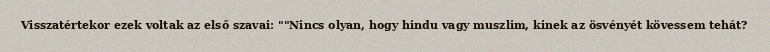
Visszatértekor ezek voltak az első szavai: ""Nincs olyan, hogy hindu vagy muszlim, kinek az ösvényét kövessem tehát?